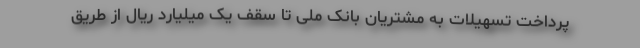
پرداخت تسهیلات به مشتریان بانک ملی تا سقف یک میلیارد ریال از طریق